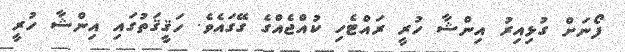
ފޯނަށް ގުޅިއިރު އިންޝާ ހުރީ ރައްޓެހި ކުއްޖެއްގެ ގޭގައެވެ. ހަޤީޤަތުގައި އިންޝާ ހުރީ